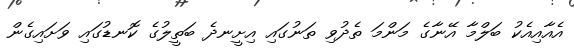
އެއާއިއެކު ބަލްމާ އޭނާގެ މަންމަ ތެދުވި ތަނުގައި އިށީނދެ ބަތީލުގެ ކޮނޑުގައި ވަށައިގެން